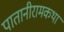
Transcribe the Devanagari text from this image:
पातानीरामकथा